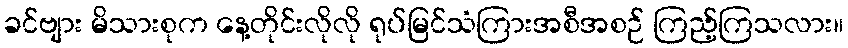
ခင်ဗျား မိသားစုက နေ့တိုင်းလိုလို ရုပ်မြင်သံကြားအစီအစဉ် ကြည့်ကြသလား။